Insane asylums in Bengal annual reports 1876-1887 - 1876-1887
Year: 1876
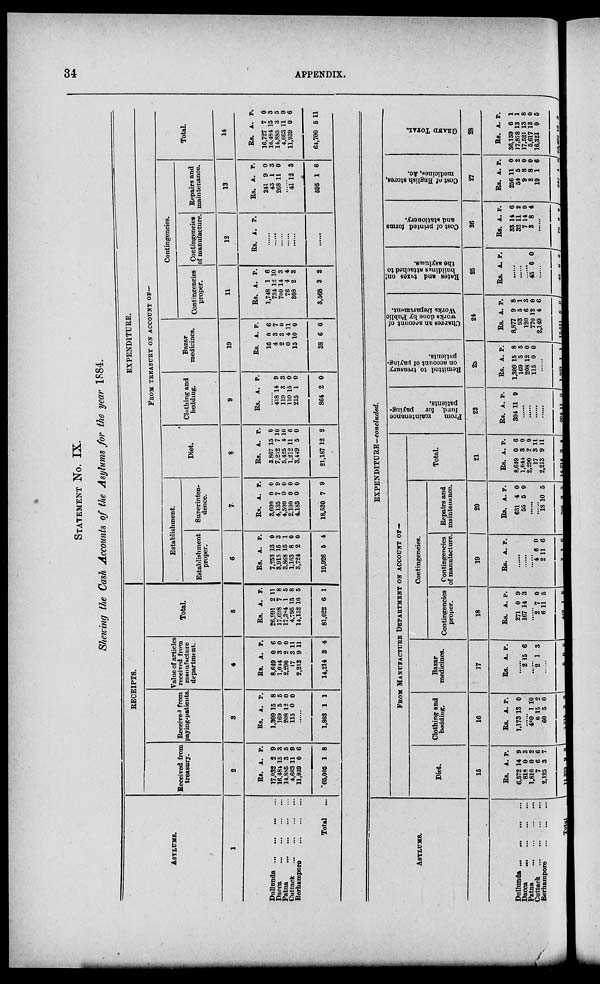
34
APPENDIX.
STATEMENT No. IX.
Showing the Cash Accounts of the Asylums for the year 1884.
ASYLUMS.
1
Dullunda ... ... ... ...
Dacca
...
...
...
...
Patna
...
...
...
...
Cuttack ... ... ... ...
Berhampore
...
...
...
Total ...
RECEIPTS.
Received from
treasury.
2
Rs.
17,032
16,481
14,885
4,663
11,939
* 65,005
A.
2
15
3
11
0
1
P.
9
3
5
9
6
8
Received from
paying-patients.
3
Rs.
1,309
169
208
115
A.
15
5
12
0
P.
8
5
0
0
......
1,803 1 1
Value of articles
received from
manufacture
department.
4
Rs.
8,649
1,044
2,290
17
2,213
14,214
A.
0
3
2
3
9
3
P.
6
0
0
11
11
4
Total.
5
Rs.
26,991
17,608
17,384
4,795
14,152
81,022
A.
2
7
1
15
10
6
P.
11
8
5
8
5
1
EXPENDITURE.
FROM TREASURY ON ACCOUNT OF—
Establishment.
Establishment
proper.
6
Rs.
7,253
3,915
3,868
1,163
3,724
19,926
A.
13
15
15
8
2
5
P.
0
3
1
0 0
4
Superinten-
dence.
7.
Rs.
3,600
4,135
4,500
2,100
4,185
18,520
A.
0
7
0
0 0
7
P.
0
9
0
0 0
9
Diet.
8
Rs.
3,867
7,232
5,425
1,212
3,449
21,187
A.
15
7
4
11
5
12
P.
0
10
10
6
0
2
Clothing and
bedding.
9
Rs. A. P.
......
418
119
110
215
864
14
3
15
1
2
9
3
0
0
0
Bazar
medicines.
19
Rs.
16
4
2
0
15
38
A.
0
3
3
4
10
6
P.
6
7
0
11
0
0
Contingencies.
Contingencies
proper.
11
Rs.
1,748
734
700
76
308
3,568
A.
1
12
14
4
2
3
P.
6
10
3
4
3
2
Contingencies
of manufacture.
12
Rs. A. P.
......
......
......
......
......
......
Repairs and
maintenance.
13
Rs.
241
43
268
A.
9
1
11
P.
0
3
0
......
41
595
12
1
3
6
Total.
14
Rs.
16,727
16,484
14,885
4,663
11,939
64,700
A.
7
15
3
11
0
5
P.
0
3
5
9
6
11
ASYLUMS.
Dullunda
...
...
...
...
Dacca
...
...
...
...
Patna
...
...
...
...
Cuttack
...
...
...
...
Berhampore ... ... ...
Total ...
EXPENDITURE-concluded.
FROM MANUFACTURE DEPARTMENT ON ACCOUNT OF—
Diet.
15
Rs.
6,572
818
1,810
7
2,125
11,333
A.
14
0
0 6
3
9
P.
9
3
2
6
7
3
Clothing and
bedding.
16
Rs.
1.173
A.
13
P.
0
......
480
0
60
1,715
1
15
5
3
10
2
0
0
Bazar
medicines.
17
Rs. A. P.
......
2 15 6
......
2 1 3
......
5 0 9
Contingencies.
Contingencies
proper.
18
Rs.
271
167
A.
0
14
P.
9
3
......
2
6
448
7
11
1
0
5
5
Contingencies
of manufacture.
19
Rs. A. P.
......
......
......
4
2
7
6
11
1
0
6
6
Repairs and
maintenance.
20
Rs.
631
55
A.
4
5
P.
0
0
......
......
18
705
10
3
5
5
Total.
21
Rs.
8,649
1,044
2,290
17
2,213
14,214
A.
0
3
9
3
9
3
P.
6
0
0
11
11
4
From
maintenance
fund, for paying-
patients.
22
Rs.
304
A.
11
P.
9
......
......
......
......
304 11 9
Remitted to treasury
on account of paying,
pntients.
23
Rs.
1,309
169
208
115
A.
15
5
12
0
P.
8
5
0
0
......
1,303 1 1
Charges an account of
works done by Public
Works Department.
24
Rs.
8,877
93
120
770
2,149
12,011
A.
9
5
6
12
4
5
P.
8
1
3
0
6
6
Rates and taxes on
buildings attached to
the asylums.
25
Rs. A. P.
......
......
......
45 0 0
......
45 0 0
Cost of printed forms
and stationery.
26
Rs.
33
32
7
3
A.
14
11
14
8
P.
6
2
0
4
......
78
0 0
Cost of English stores,
medicines, &c.
27
Rs.
256
54
9
2
19
343
A.
11
5
8
8
1
1
P.
0
2
0
0
6
8
GREND TOTAL.
28
Rs.
36,159
17,878
17,521
5,617
16,321
93,498
A.
6
13
13
12
0
13
P.
1
1
8
0
5
3